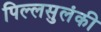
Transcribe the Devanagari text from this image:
पिल्लसुलंकी